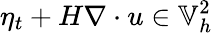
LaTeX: \eta_{t}+H\nabla\cdot u\in\mathbb{V}_{h}^{2}